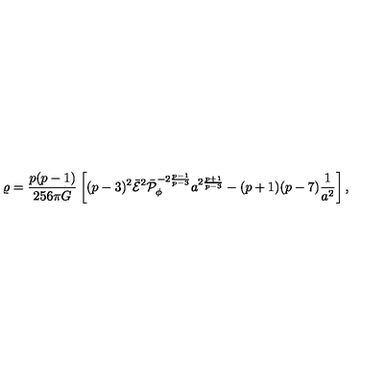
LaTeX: \varrho = { \frac { p ( p - 1 ) } { 2 5 6 \pi G } } \left[ ( p - 3 ) ^ { 2 } \bar { \cal E } ^ { 2 } \bar { \cal P } _ { \phi } ^ { - 2 { \frac { p - 1 } { p - 3 } } } a ^ { 2 { \frac { p + 1 } { p - 3 } } } - ( p + 1 ) ( p - 7 ) { \frac { 1 } { a ^ { 2 } } } \right] ,